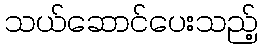
သယ်ဆောင်ပေးသည့်